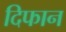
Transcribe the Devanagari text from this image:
दिफान